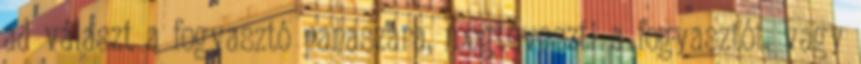
ad választ a fogyasztó panaszára, megtéveszti a fogyasztót, vagy